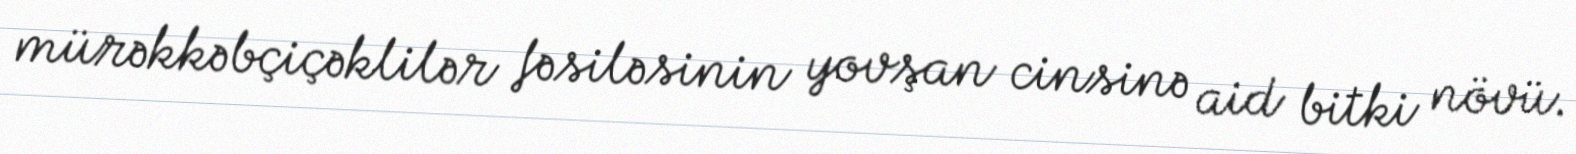
mürəkkəbçiçəklilər fəsiləsinin yovşan cinsinə aid bitki növü.